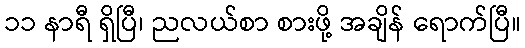
၁၁ နာရီ ရှိပြီ၊ ညလယ်စာ စားဖို့ အချိန် ရောက်ပြီ။